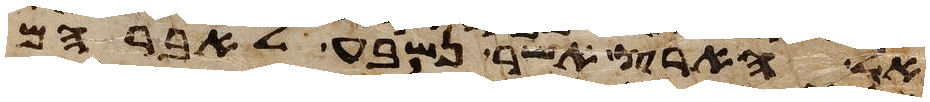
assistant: אל הארץ אשר נשבע לאברהם